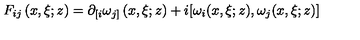
F _ { i j } \left( x , \xi ; z \right) = \partial _ { \lbrack i } \omega _ { j ] } \left( x , \xi ; z \right) + i [ \omega _ { i } ( x , \xi ; z ) , \omega _ { j } ( x , \xi ; z ) ]